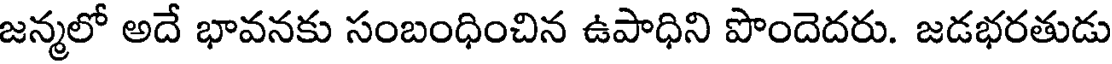
జన్మలో అదే భావనకు సంబంధించిన ఉపాధిని పొందెదరు. జడభరతుడు